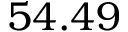
5 4 . 4 9